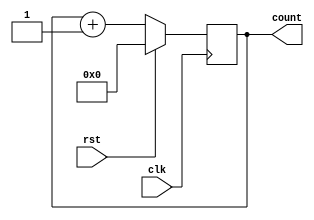
module counter (
    input wire clk,    // Clock signal
    input wire rst,    // Reset signal
    output reg [7:0] count  // Output for count value
);

always @(posedge clk) begin
    if (rst) begin
        count <= 8'b0; // Reset count value to zero
    end else begin
        count <= count + 1; // Increment count value by one each clock cycle
    end
end

endmodule